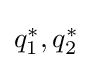
{\textstyle q_{1}^{*},q_{2}^{*}}